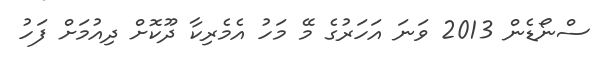
ސްނޯޑެން 2013 ވަނަ އަހަރުގެ މޭ މަހު އެމެރިކާ ދޫކޮށް ދިއުމަށް ފަހު